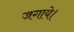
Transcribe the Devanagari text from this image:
जगाये।